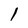
Character: l